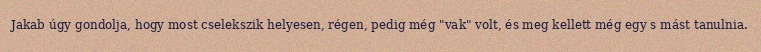
Jakab úgy gondolja, hogy most cselekszik helyesen, régen, pedig még "vak" volt, és meg kellett még egy s mást tanulnia.